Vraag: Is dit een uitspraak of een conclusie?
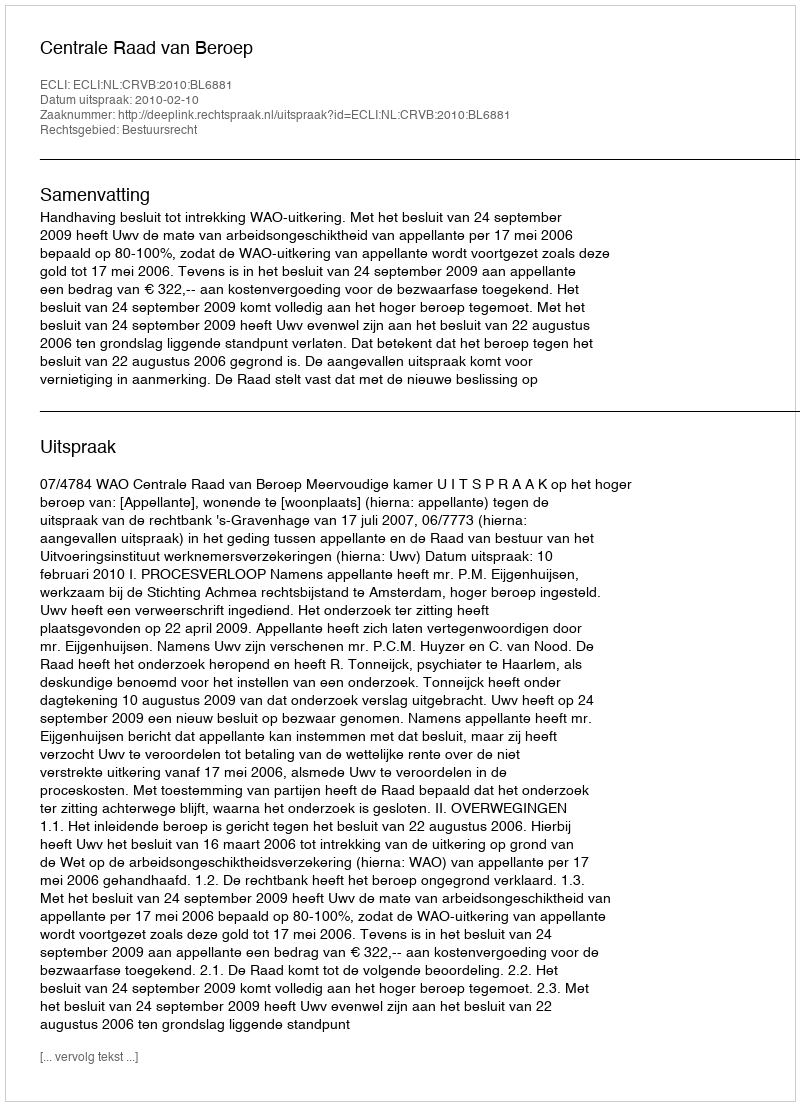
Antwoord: Uitspraak